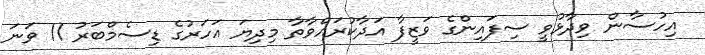
އިހުސާން ވިދާޅުވީ ސިފައިންގެ ވަޒީފާ އަދާކުރައްވާތާ މިދިޔަ އަހަރުގެ ޑިސެމްބަރު 11 ވަނަ